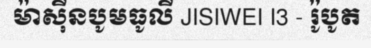
ម៉ាស៊ីនបូមធូលី JISIWEI I3 - រ៉ូបូត